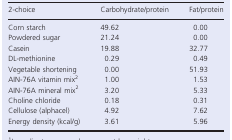
<table><thead><tr><td><b>2-choice</b></td><td><b>Carbohydrate/protein</b></td><td><b>Fat/protein</b></td></tr></thead><tbody><tr><td>Corn starch</td><td>49.62</td><td>0.00</td></tr><tr><td>Powdered sugar</td><td>21.24</td><td>0.00</td></tr><tr><td>Casein</td><td>19.88</td><td>32.77</td></tr><tr><td>DL-methionine</td><td>0.29</td><td>0.49</td></tr><tr><td>Vegetable shortening</td><td>0.00</td><td>51.93</td></tr><tr><td>AIN-76A vitamin mix2</td><td>1.00</td><td>1.53</td></tr><tr><td>AIN-76A mineral mix2</td><td>3.20</td><td>5.33</td></tr><tr><td>Choline chloride</td><td>0.18</td><td>0.31</td></tr><tr><td>Cellulose (alphacel)</td><td>4.92</td><td>7.62</td></tr><tr><td>Energy density (kcal/g)</td><td>3.61</td><td>5.96</td></tr></tbody></table>